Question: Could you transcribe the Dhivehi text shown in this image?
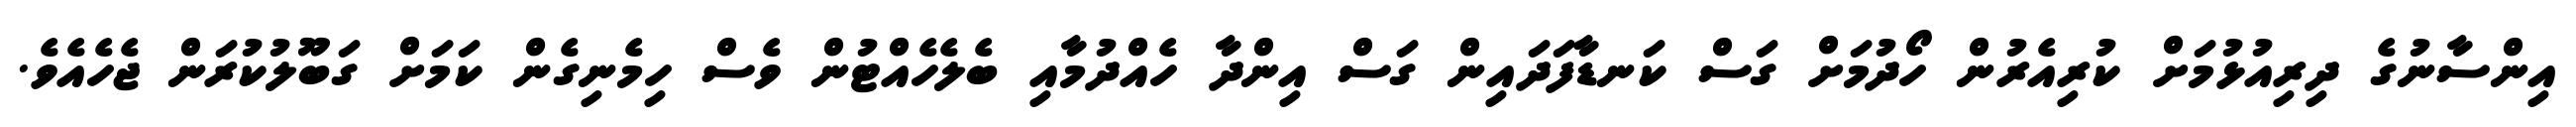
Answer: އިންސާނުގެ ދިރިއުޅުމަށް ކުރިއެރުން ހޯދުމަށް ގަސް ކަނޑާފަދައިން ގަސް އިންދާ ހެއްދުމާއި ބެލެހެއްޓުން ވެސް ހިމެނިގެން ކަމަށް ގަބޫލުކުރަން ޖެހެއެވެ.